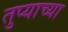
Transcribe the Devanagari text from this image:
तुप्याच्या